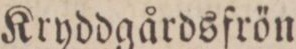
Kryddgårdsfrön,